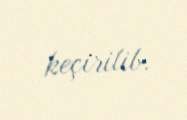
keçirilib.